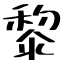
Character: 黎